Civil Veterinary Department. Central Provinces & Berar 1925-31 - 1925-1931
Year: 1925
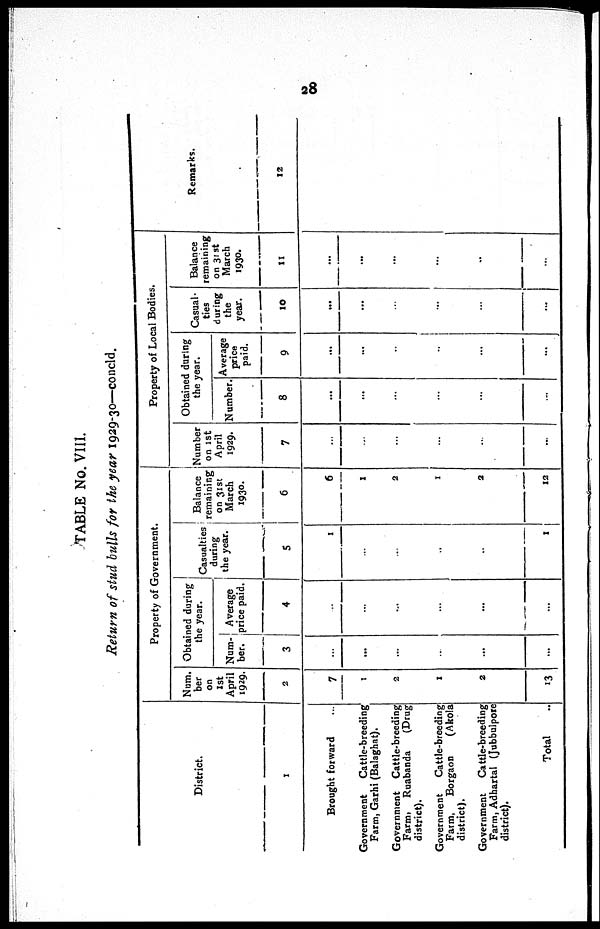
28
TABLE No. VIII.
Return of stud bulls for the year 1929-30—concld.
District.
1
Brought forward ...
Government
Cattle-breeding
Farm, Garhi (Balaghat).
Government Cattle-breeding
Farm, Ruabanda
(Drug
district).
Government
Cattle-breeding
Farm,
Borgaon
(Akola
district).
Government
Cattle-breeding
Farm, Adhartal (Jubbulpore
district).
Total ...
Property of Government.
Nam.
ber
on
1st
April
1929.
2
7
1
2
1
2
13
Obtained during
the year.
Num-
ber.
3
...
...
...
...
...
...
Average
price paid.
4
..
...
...
...
...
...
Casualties
during
the year.
5
1
...
...
...
...
1
Balance
remaining
on 31st
March
1930.
6
6
1
2
1
2
12
Property of Local Bodies.
Number
on 1st
April
1929.
7
...
...
...
...
...
...
Obtained during
the year.
Number.
8
...
...
...
...
...
...
Average
price
paid.
9
...
...
..
...
...
...
Casual-
ties
during
the
year.
10
...
...
...
...
...
...
Balance
remaining
on 31st
March
1930.
11
...
...
...
...
...
...
Remarks.
12